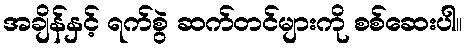
အချိန်နှင့် ရက်စွဲ ဆက်တင်များကို စစ်ဆေးပါ။